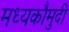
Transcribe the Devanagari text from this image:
मध्यकौमुदी